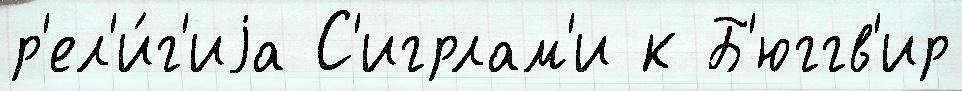
р'ел'и́г'иjа С'игрлам'и к Б'юггв'ир